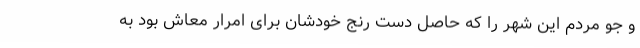
و جو مردم این شهر را که حاصل دست رنج خودشان برای امرار معاش بود به